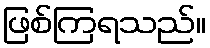
ဖြစ်ကြရသည်။